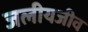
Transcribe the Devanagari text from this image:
जलीयजीव